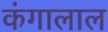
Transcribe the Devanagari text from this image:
कंगालाल